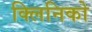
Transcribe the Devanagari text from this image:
क्लिनिको